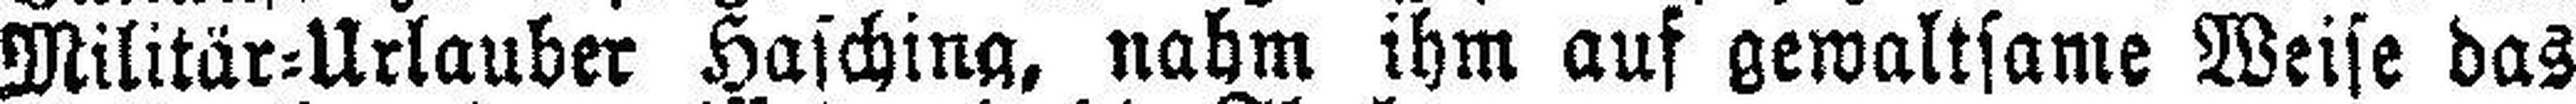
Militär=Urlauber Hasching, nahm ihm auf gewaltsame Weise das